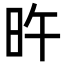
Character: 旿